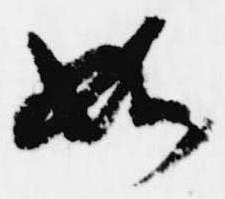
如